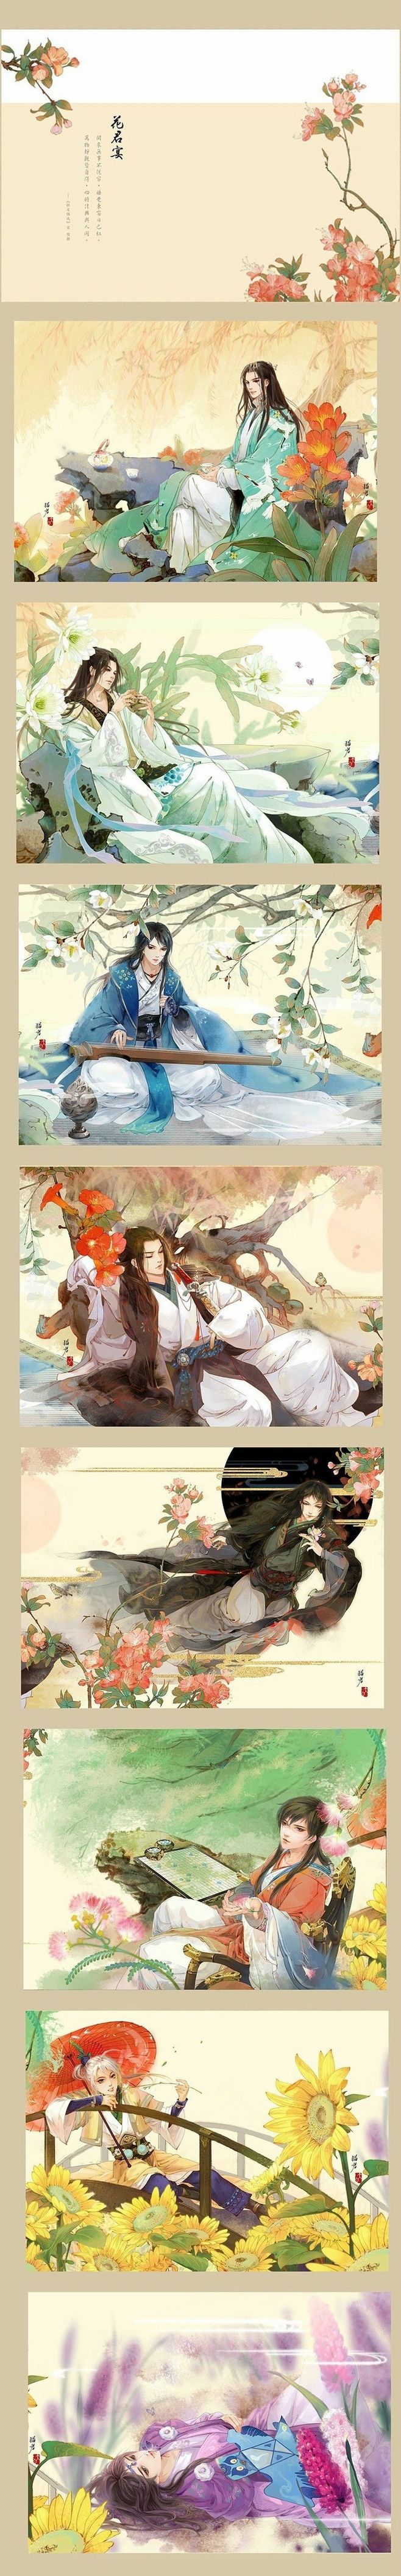
犹有桃花流水上，无辞竹叶醉尊前。